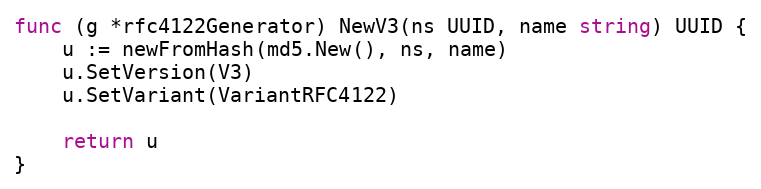
Language: Go
func (g *rfc4122Generator) NewV3(ns UUID, name string) UUID {
	u := newFromHash(md5.New(), ns, name)
	u.SetVersion(V3)
	u.SetVariant(VariantRFC4122)

	return u
}